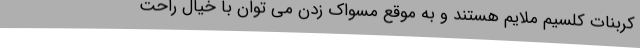
کربنات کلسیم ملایم هستند و به موقع مسواک زدن می توان با خیال راحت